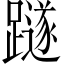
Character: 𨆏